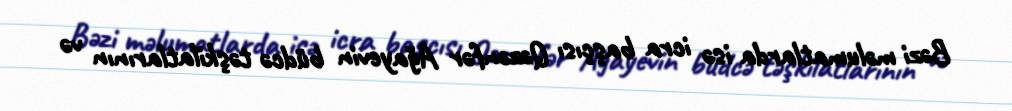
Bəzi məlumatlarda isə icra başçısı Qəzənfər Ağayevin büdcə təşkilatlarının və